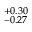
^ { + 0 . 3 0 } _ { - 0 . 2 7 }